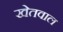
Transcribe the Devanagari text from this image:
खेतवाल